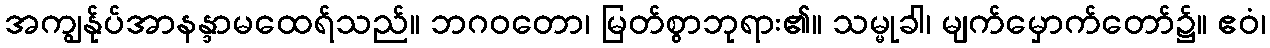
အကျွန်ုပ်အာနန္ဒာမထေရ်သည်။ ဘဂဝတော၊ မြတ်စွာဘုရား၏။ သမ္မုခါ၊ မျက်မှောက်တော်၌။ ဧဝံ၊